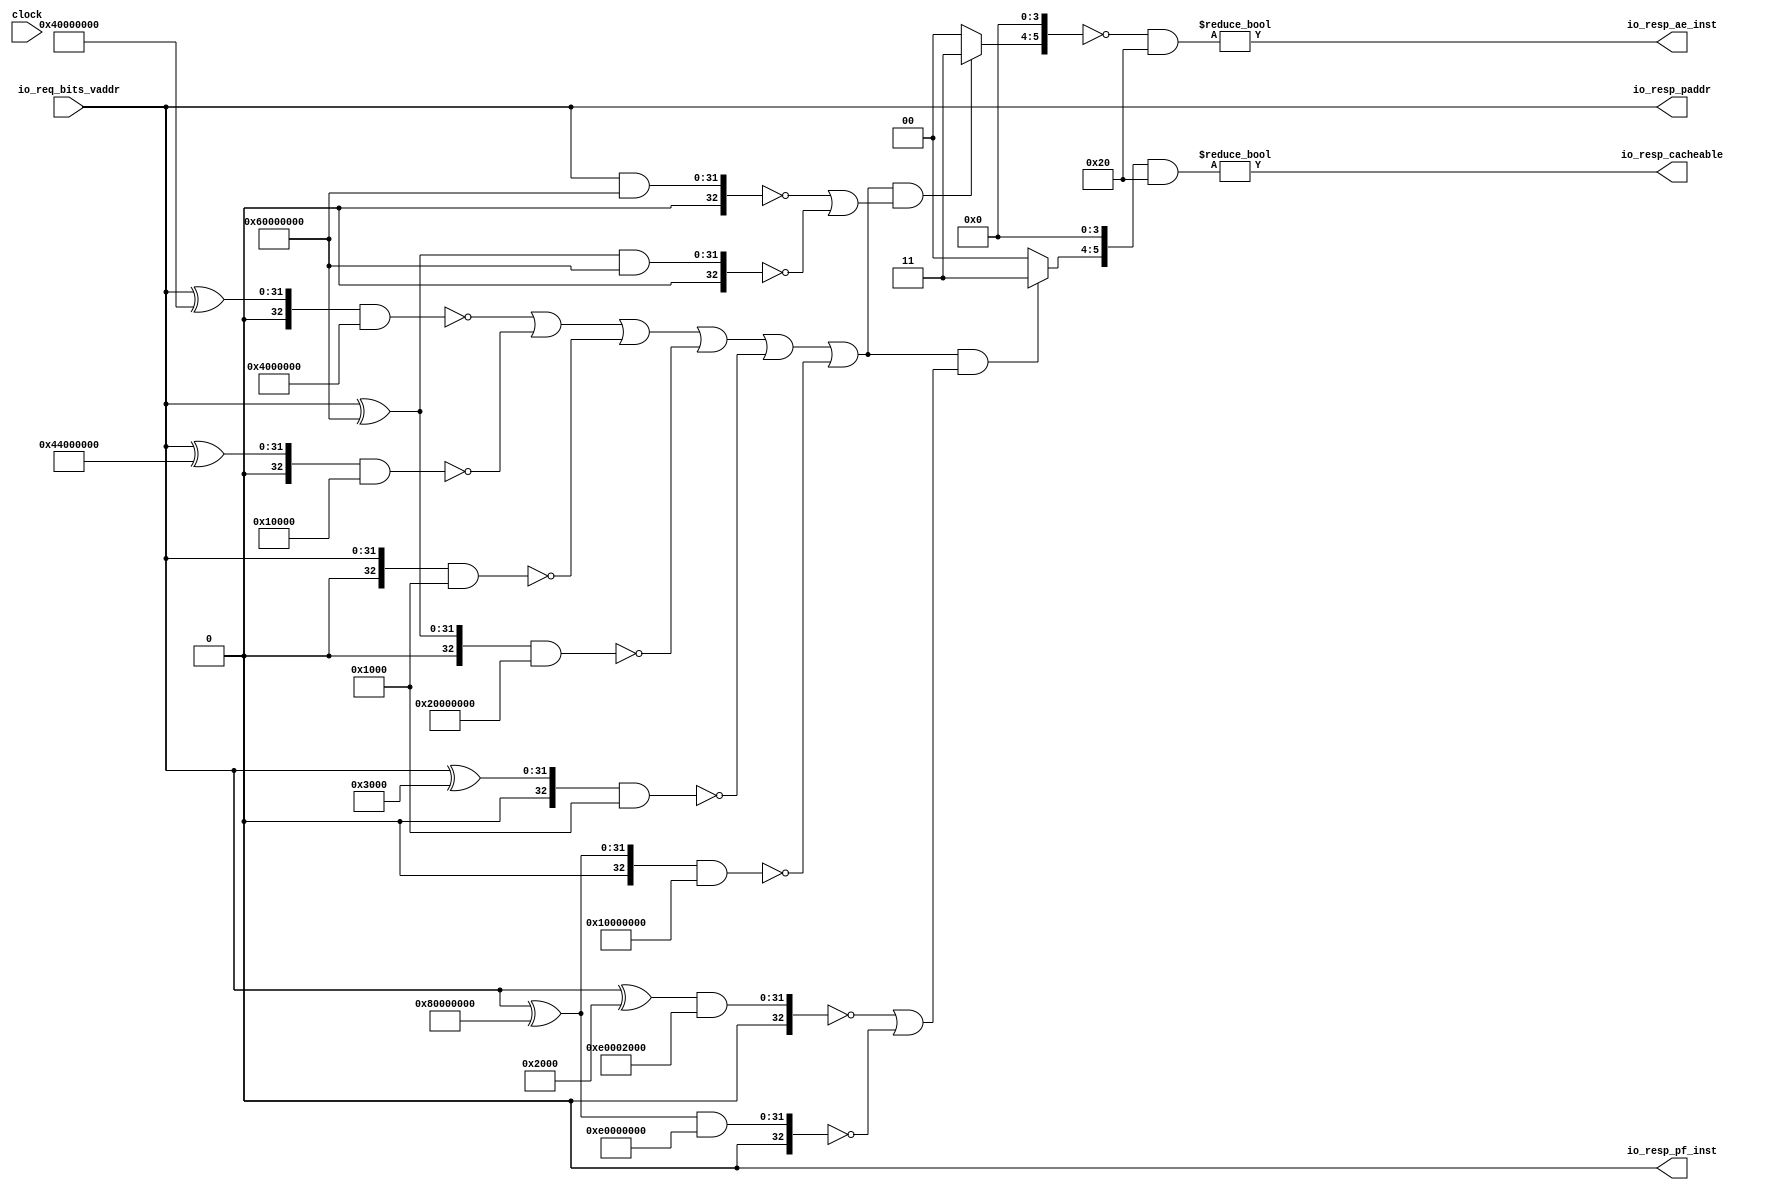
// Copyright (c) 2017, Microsemi Corporation
// All rights reserved.
//
// Redistribution and use in source and binary forms, with or without
// modification, are permitted provided that the following conditions are met:
//     * Redistributions of source code must retain the above copyright
//       notice, this list of conditions and the following disclaimer.
//     * Redistributions in binary form must reproduce the above copyright
//       notice, this list of conditions and the following disclaimer in the
//       documentation and/or other materials provided with the distribution.
//     * Neither the name of the <organization> nor the
//       names of its contributors may be used to endorse or promote products
//       derived from this software without specific prior written permission.
//
// THIS SOFTWARE IS PROVIDED BY THE COPYRIGHT HOLDERS AND CONTRIBUTORS "AS IS" AND
// ANY EXPRESS OR IMPLIED WARRANTIES, INCLUDING, BUT NOT LIMITED TO, THE IMPLIED
// WARRANTIES OF MERCHANTABILITY AND FITNESS FOR A PARTICULAR PURPOSE ARE
// DISCLAIMED. IN NO EVENT SHALL MICROSEMI CORPORATIONM BE LIABLE FOR ANY
// DIRECT, INDIRECT, INCIDENTAL, SPECIAL, EXEMPLARY, OR CONSEQUENTIAL DAMAGES
// (INCLUDING, BUT NOT LIMITED TO, PROCUREMENT OF SUBSTITUTE GOODS OR SERVICES;
// LOSS OF USE, DATA, OR PROFITS; OR BUSINESS INTERRUPTION) HOWEVER CAUSED AND
// ON ANY THEORY OF LIABILITY, WHETHER IN CONTRACT, STRICT LIABILITY, OR TORT
// (INCLUDING NEGLIGENCE OR OTHERWISE) ARISING IN ANY WAY OUT OF THE USE OF THIS
// SOFTWARE, EVEN IF ADVISED OF THE POSSIBILITY OF SUCH DAMAGE.
//
// APACHE LICENSE
// Copyright (c) 2017, Microsemi Corporation 
//
// Licensed under the Apache License, Version 2.0 (the "License");
// you may not use this file except in compliance with the License.
// You may obtain a copy of the License at
//
//    http://www.apache.org/licenses/LICENSE-2.0
//
// Unless required by applicable law or agreed to in writing, software
// distributed under the License is distributed on an "AS IS" BASIS,
// WITHOUT WARRANTIES OR CONDITIONS OF ANY KIND, either express or implied.
// See the License for the specific language governing permissions and
// limitations under the License.
//
// Description:
//
// SVN Revision Information:
// SVN $Revision: $
// SVN $Date: $
//
// Resolved SARs
// SAR      Date     Who   Description
//
// Notes:
//
// ****************************************************************************/
`ifndef RANDOMIZE_REG_INIT 
	 `define RANDOMIZE_REG_INIT 
 `endif
`ifndef RANDOMIZE_MEM_INIT 
	 `define RANDOMIZE_MEM_INIT 
 `endif
`ifndef RANDOMIZE 
	 `define RANDOMIZE 
`endif

`timescale 1ns/10ps
module MiV_AXI_MiV_AXI_0_MIV_RV32IMA_L1_AXI_TLB_1( // @[:freechips.rocketchip.system.MivRV32ImaL1AhbConfig.fir@105278.2]
  input         clock, // @[:freechips.rocketchip.system.MivRV32ImaL1AhbConfig.fir@105279.4]
  input  [31:0] io_req_bits_vaddr, // @[:freechips.rocketchip.system.MivRV32ImaL1AhbConfig.fir@105281.4]
  output [31:0] io_resp_paddr, // @[:freechips.rocketchip.system.MivRV32ImaL1AhbConfig.fir@105281.4]
  output        io_resp_pf_inst, // @[:freechips.rocketchip.system.MivRV32ImaL1AhbConfig.fir@105281.4]
  output        io_resp_ae_inst, // @[:freechips.rocketchip.system.MivRV32ImaL1AhbConfig.fir@105281.4]
  output        io_resp_cacheable // @[:freechips.rocketchip.system.MivRV32ImaL1AhbConfig.fir@105281.4]
);
  reg [53:0] reg_entries_0; // @[TLB.scala 86:24:freechips.rocketchip.system.MivRV32ImaL1AhbConfig.fir@105287.4]
  reg [63:0] _RAND_0;
  reg [53:0] reg_entries_1; // @[TLB.scala 86:24:freechips.rocketchip.system.MivRV32ImaL1AhbConfig.fir@105287.4]
  reg [63:0] _RAND_1;
  reg [53:0] reg_entries_2; // @[TLB.scala 86:24:freechips.rocketchip.system.MivRV32ImaL1AhbConfig.fir@105287.4]
  reg [63:0] _RAND_2;
  reg [53:0] reg_entries_3; // @[TLB.scala 86:24:freechips.rocketchip.system.MivRV32ImaL1AhbConfig.fir@105287.4]
  reg [63:0] _RAND_3;
  reg [53:0] reg_entries_4; // @[TLB.scala 86:24:freechips.rocketchip.system.MivRV32ImaL1AhbConfig.fir@105287.4]
  reg [63:0] _RAND_4;
  wire  entries_0_c; // @[TLB.scala 87:43:freechips.rocketchip.system.MivRV32ImaL1AhbConfig.fir@105293.4]
  wire  entries_0_px; // @[TLB.scala 87:43:freechips.rocketchip.system.MivRV32ImaL1AhbConfig.fir@105303.4]
  wire  entries_0_sx; // @[TLB.scala 87:43:freechips.rocketchip.system.MivRV32ImaL1AhbConfig.fir@105309.4]
  wire  entries_0_ae; // @[TLB.scala 87:43:freechips.rocketchip.system.MivRV32ImaL1AhbConfig.fir@105313.4]
  wire  entries_0_u; // @[TLB.scala 87:43:freechips.rocketchip.system.MivRV32ImaL1AhbConfig.fir@105317.4]
  wire  entries_1_c; // @[TLB.scala 87:43:freechips.rocketchip.system.MivRV32ImaL1AhbConfig.fir@105330.4]
  wire  entries_1_px; // @[TLB.scala 87:43:freechips.rocketchip.system.MivRV32ImaL1AhbConfig.fir@105340.4]
  wire  entries_1_sx; // @[TLB.scala 87:43:freechips.rocketchip.system.MivRV32ImaL1AhbConfig.fir@105346.4]
  wire  entries_1_u; // @[TLB.scala 87:43:freechips.rocketchip.system.MivRV32ImaL1AhbConfig.fir@105354.4]
  wire  entries_2_c; // @[TLB.scala 87:43:freechips.rocketchip.system.MivRV32ImaL1AhbConfig.fir@105367.4]
  wire  entries_2_px; // @[TLB.scala 87:43:freechips.rocketchip.system.MivRV32ImaL1AhbConfig.fir@105377.4]
  wire  entries_2_sx; // @[TLB.scala 87:43:freechips.rocketchip.system.MivRV32ImaL1AhbConfig.fir@105383.4]
  wire  entries_2_u; // @[TLB.scala 87:43:freechips.rocketchip.system.MivRV32ImaL1AhbConfig.fir@105391.4]
  wire  entries_3_c; // @[TLB.scala 87:43:freechips.rocketchip.system.MivRV32ImaL1AhbConfig.fir@105404.4]
  wire  entries_3_px; // @[TLB.scala 87:43:freechips.rocketchip.system.MivRV32ImaL1AhbConfig.fir@105414.4]
  wire  entries_3_sx; // @[TLB.scala 87:43:freechips.rocketchip.system.MivRV32ImaL1AhbConfig.fir@105420.4]
  wire  entries_3_u; // @[TLB.scala 87:43:freechips.rocketchip.system.MivRV32ImaL1AhbConfig.fir@105428.4]
  wire  entries_4_sx; // @[TLB.scala 87:43:freechips.rocketchip.system.MivRV32ImaL1AhbConfig.fir@105457.4]
  wire  entries_4_u; // @[TLB.scala 87:43:freechips.rocketchip.system.MivRV32ImaL1AhbConfig.fir@105465.4]
  wire [19:0] mpu_ppn; // @[TLB.scala 105:69:freechips.rocketchip.system.MivRV32ImaL1AhbConfig.fir@105489.4]
  wire [11:0] _T_179; // @[TLB.scala 106:52:freechips.rocketchip.system.MivRV32ImaL1AhbConfig.fir@105492.4]
  wire [31:0] mpu_physaddr; // @[Cat.scala 30:58:freechips.rocketchip.system.MivRV32ImaL1AhbConfig.fir@105493.4]
  wire [31:0] _T_186; // @[Parameters.scala 153:31:freechips.rocketchip.system.MivRV32ImaL1AhbConfig.fir@105504.4]
  wire [32:0] _T_187; // @[Parameters.scala 153:49:freechips.rocketchip.system.MivRV32ImaL1AhbConfig.fir@105505.4]
  wire [32:0] _T_189; // @[Parameters.scala 153:52:freechips.rocketchip.system.MivRV32ImaL1AhbConfig.fir@105506.4]
  wire [32:0] _T_190; // @[Parameters.scala 153:52:freechips.rocketchip.system.MivRV32ImaL1AhbConfig.fir@105507.4]
  wire  _T_192; // @[Parameters.scala 153:67:freechips.rocketchip.system.MivRV32ImaL1AhbConfig.fir@105508.4]
  wire [31:0] _T_194; // @[Parameters.scala 153:31:freechips.rocketchip.system.MivRV32ImaL1AhbConfig.fir@105509.4]
  wire [32:0] _T_195; // @[Parameters.scala 153:49:freechips.rocketchip.system.MivRV32ImaL1AhbConfig.fir@105510.4]
  wire [32:0] _T_197; // @[Parameters.scala 153:52:freechips.rocketchip.system.MivRV32ImaL1AhbConfig.fir@105511.4]
  wire [32:0] _T_198; // @[Parameters.scala 153:52:freechips.rocketchip.system.MivRV32ImaL1AhbConfig.fir@105512.4]
  wire  _T_200; // @[Parameters.scala 153:67:freechips.rocketchip.system.MivRV32ImaL1AhbConfig.fir@105513.4]
  wire [32:0] _T_203; // @[Parameters.scala 153:49:freechips.rocketchip.system.MivRV32ImaL1AhbConfig.fir@105515.4]
  wire [32:0] _T_205; // @[Parameters.scala 153:52:freechips.rocketchip.system.MivRV32ImaL1AhbConfig.fir@105516.4]
  wire [32:0] _T_206; // @[Parameters.scala 153:52:freechips.rocketchip.system.MivRV32ImaL1AhbConfig.fir@105517.4]
  wire  _T_208; // @[Parameters.scala 153:67:freechips.rocketchip.system.MivRV32ImaL1AhbConfig.fir@105518.4]
  wire [31:0] _T_210; // @[Parameters.scala 153:31:freechips.rocketchip.system.MivRV32ImaL1AhbConfig.fir@105519.4]
  wire [32:0] _T_211; // @[Parameters.scala 153:49:freechips.rocketchip.system.MivRV32ImaL1AhbConfig.fir@105520.4]
  wire [32:0] _T_213; // @[Parameters.scala 153:52:freechips.rocketchip.system.MivRV32ImaL1AhbConfig.fir@105521.4]
  wire [32:0] _T_214; // @[Parameters.scala 153:52:freechips.rocketchip.system.MivRV32ImaL1AhbConfig.fir@105522.4]
  wire  _T_216; // @[Parameters.scala 153:67:freechips.rocketchip.system.MivRV32ImaL1AhbConfig.fir@105523.4]
  wire [31:0] _T_218; // @[Parameters.scala 153:31:freechips.rocketchip.system.MivRV32ImaL1AhbConfig.fir@105524.4]
  wire [32:0] _T_219; // @[Parameters.scala 153:49:freechips.rocketchip.system.MivRV32ImaL1AhbConfig.fir@105525.4]
  wire [32:0] _T_221; // @[Parameters.scala 153:52:freechips.rocketchip.system.MivRV32ImaL1AhbConfig.fir@105526.4]
  wire [32:0] _T_222; // @[Parameters.scala 153:52:freechips.rocketchip.system.MivRV32ImaL1AhbConfig.fir@105527.4]
  wire  _T_224; // @[Parameters.scala 153:67:freechips.rocketchip.system.MivRV32ImaL1AhbConfig.fir@105528.4]
  wire [31:0] _T_226; // @[Parameters.scala 153:31:freechips.rocketchip.system.MivRV32ImaL1AhbConfig.fir@105529.4]
  wire [32:0] _T_227; // @[Parameters.scala 153:49:freechips.rocketchip.system.MivRV32ImaL1AhbConfig.fir@105530.4]
  wire [32:0] _T_229; // @[Parameters.scala 153:52:freechips.rocketchip.system.MivRV32ImaL1AhbConfig.fir@105531.4]
  wire [32:0] _T_230; // @[Parameters.scala 153:52:freechips.rocketchip.system.MivRV32ImaL1AhbConfig.fir@105532.4]
  wire  _T_232; // @[Parameters.scala 153:67:freechips.rocketchip.system.MivRV32ImaL1AhbConfig.fir@105533.4]
  wire  _T_244; // @[TLB.scala 112:67:freechips.rocketchip.system.MivRV32ImaL1AhbConfig.fir@105542.4]
  wire  _T_245; // @[TLB.scala 112:67:freechips.rocketchip.system.MivRV32ImaL1AhbConfig.fir@105543.4]
  wire  _T_246; // @[TLB.scala 112:67:freechips.rocketchip.system.MivRV32ImaL1AhbConfig.fir@105544.4]
  wire  _T_247; // @[TLB.scala 112:67:freechips.rocketchip.system.MivRV32ImaL1AhbConfig.fir@105545.4]
  wire  legal_address; // @[TLB.scala 112:67:freechips.rocketchip.system.MivRV32ImaL1AhbConfig.fir@105546.4]
  wire [31:0] _T_267; // @[Parameters.scala 153:31:freechips.rocketchip.system.MivRV32ImaL1AhbConfig.fir@105558.4]
  wire [32:0] _T_268; // @[Parameters.scala 153:49:freechips.rocketchip.system.MivRV32ImaL1AhbConfig.fir@105559.4]
  wire [32:0] _T_270; // @[Parameters.scala 153:52:freechips.rocketchip.system.MivRV32ImaL1AhbConfig.fir@105560.4]
  wire [32:0] _T_271; // @[Parameters.scala 153:52:freechips.rocketchip.system.MivRV32ImaL1AhbConfig.fir@105561.4]
  wire  _T_273; // @[Parameters.scala 153:67:freechips.rocketchip.system.MivRV32ImaL1AhbConfig.fir@105562.4]
  wire [32:0] _T_278; // @[Parameters.scala 153:52:freechips.rocketchip.system.MivRV32ImaL1AhbConfig.fir@105565.4]
  wire [32:0] _T_279; // @[Parameters.scala 153:52:freechips.rocketchip.system.MivRV32ImaL1AhbConfig.fir@105566.4]
  wire  _T_281; // @[Parameters.scala 153:67:freechips.rocketchip.system.MivRV32ImaL1AhbConfig.fir@105567.4]
  wire  _T_282; // @[Parameters.scala 137:89:freechips.rocketchip.system.MivRV32ImaL1AhbConfig.fir@105568.4]
  wire  cacheable; // @[TLB.scala 114:19:freechips.rocketchip.system.MivRV32ImaL1AhbConfig.fir@105574.4]
  wire [32:0] _T_514; // @[Parameters.scala 153:52:freechips.rocketchip.system.MivRV32ImaL1AhbConfig.fir@105714.4]
  wire [32:0] _T_515; // @[Parameters.scala 153:52:freechips.rocketchip.system.MivRV32ImaL1AhbConfig.fir@105715.4]
  wire  _T_517; // @[Parameters.scala 153:67:freechips.rocketchip.system.MivRV32ImaL1AhbConfig.fir@105716.4]
  wire [32:0] _T_522; // @[Parameters.scala 153:52:freechips.rocketchip.system.MivRV32ImaL1AhbConfig.fir@105719.4]
  wire [32:0] _T_523; // @[Parameters.scala 153:52:freechips.rocketchip.system.MivRV32ImaL1AhbConfig.fir@105720.4]
  wire  _T_525; // @[Parameters.scala 153:67:freechips.rocketchip.system.MivRV32ImaL1AhbConfig.fir@105721.4]
  wire  _T_526; // @[Parameters.scala 137:89:freechips.rocketchip.system.MivRV32ImaL1AhbConfig.fir@105722.4]
  wire  prot_x; // @[TLB.scala 114:19:freechips.rocketchip.system.MivRV32ImaL1AhbConfig.fir@105728.4]
  wire [19:0] ppn; // @[TLB.scala 124:30:freechips.rocketchip.system.MivRV32ImaL1AhbConfig.fir@105758.4]
  wire [1:0] _T_724; // @[Cat.scala 30:58:freechips.rocketchip.system.MivRV32ImaL1AhbConfig.fir@105891.4]
  wire [1:0] _T_725; // @[Cat.scala 30:58:freechips.rocketchip.system.MivRV32ImaL1AhbConfig.fir@105892.4]
  wire [2:0] _T_726; // @[Cat.scala 30:58:freechips.rocketchip.system.MivRV32ImaL1AhbConfig.fir@105893.4]
  wire [4:0] _T_727; // @[Cat.scala 30:58:freechips.rocketchip.system.MivRV32ImaL1AhbConfig.fir@105894.4]
  wire [4:0] priv_rw_ok; // @[TLB.scala 174:98:freechips.rocketchip.system.MivRV32ImaL1AhbConfig.fir@105900.4]
  wire [1:0] _T_751; // @[Cat.scala 30:58:freechips.rocketchip.system.MivRV32ImaL1AhbConfig.fir@105917.4]
  wire [1:0] _T_752; // @[Cat.scala 30:58:freechips.rocketchip.system.MivRV32ImaL1AhbConfig.fir@105918.4]
  wire [2:0] _T_753; // @[Cat.scala 30:58:freechips.rocketchip.system.MivRV32ImaL1AhbConfig.fir@105919.4]
  wire [4:0] _T_754; // @[Cat.scala 30:58:freechips.rocketchip.system.MivRV32ImaL1AhbConfig.fir@105920.4]
  wire [4:0] _T_770; // @[TLB.scala 178:39:freechips.rocketchip.system.MivRV32ImaL1AhbConfig.fir@105935.4]
  wire [5:0] x_array; // @[Cat.scala 30:58:freechips.rocketchip.system.MivRV32ImaL1AhbConfig.fir@105936.4]
  wire [1:0] _T_788; // @[Bitwise.scala 72:12:freechips.rocketchip.system.MivRV32ImaL1AhbConfig.fir@105950.4]
  wire [1:0] _T_789; // @[Cat.scala 30:58:freechips.rocketchip.system.MivRV32ImaL1AhbConfig.fir@105951.4]
  wire [1:0] _T_790; // @[Cat.scala 30:58:freechips.rocketchip.system.MivRV32ImaL1AhbConfig.fir@105952.4]
  wire [3:0] _T_791; // @[Cat.scala 30:58:freechips.rocketchip.system.MivRV32ImaL1AhbConfig.fir@105953.4]
  wire [5:0] px_array; // @[Cat.scala 30:58:freechips.rocketchip.system.MivRV32ImaL1AhbConfig.fir@105954.4]
  wire [1:0] _T_816; // @[Bitwise.scala 72:12:freechips.rocketchip.system.MivRV32ImaL1AhbConfig.fir@105974.4]
  wire [1:0] _T_817; // @[Cat.scala 30:58:freechips.rocketchip.system.MivRV32ImaL1AhbConfig.fir@105975.4]
  wire [1:0] _T_818; // @[Cat.scala 30:58:freechips.rocketchip.system.MivRV32ImaL1AhbConfig.fir@105976.4]
  wire [3:0] _T_819; // @[Cat.scala 30:58:freechips.rocketchip.system.MivRV32ImaL1AhbConfig.fir@105977.4]
  wire [5:0] c_array; // @[Cat.scala 30:58:freechips.rocketchip.system.MivRV32ImaL1AhbConfig.fir@105978.4]
  wire [5:0] _GEN_16; // @[TLB.scala 204:60:freechips.rocketchip.system.MivRV32ImaL1AhbConfig.fir@106152.4]
  wire [5:0] _T_1114; // @[TLB.scala 206:33:freechips.rocketchip.system.MivRV32ImaL1AhbConfig.fir@106181.4]
  wire [5:0] pf_inst_array; // @[TLB.scala 206:23:freechips.rocketchip.system.MivRV32ImaL1AhbConfig.fir@106182.4]
  wire [5:0] _T_1280; // @[TLB.scala 224:47:freechips.rocketchip.system.MivRV32ImaL1AhbConfig.fir@106314.4]
  wire  _T_1282; // @[TLB.scala 224:55:freechips.rocketchip.system.MivRV32ImaL1AhbConfig.fir@106315.4]
  wire [5:0] _T_1290; // @[TLB.scala 227:23:freechips.rocketchip.system.MivRV32ImaL1AhbConfig.fir@106324.4]
  wire [5:0] _T_1291; // @[TLB.scala 227:33:freechips.rocketchip.system.MivRV32ImaL1AhbConfig.fir@106325.4]
  wire  _T_1293; // @[TLB.scala 227:41:freechips.rocketchip.system.MivRV32ImaL1AhbConfig.fir@106326.4]
  wire [5:0] _T_1301; // @[TLB.scala 231:33:freechips.rocketchip.system.MivRV32ImaL1AhbConfig.fir@106335.4]
  wire  _T_1303; // @[TLB.scala 231:41:freechips.rocketchip.system.MivRV32ImaL1AhbConfig.fir@106336.4]
  wire [31:0] _T_1312; // @[Cat.scala 30:58:freechips.rocketchip.system.MivRV32ImaL1AhbConfig.fir@106346.4]
  assign entries_0_c = reg_entries_0[0]; // @[TLB.scala 87:43:freechips.rocketchip.system.MivRV32ImaL1AhbConfig.fir@105293.4]
  assign entries_0_px = reg_entries_0[5]; // @[TLB.scala 87:43:freechips.rocketchip.system.MivRV32ImaL1AhbConfig.fir@105303.4]
  assign entries_0_sx = reg_entries_0[8]; // @[TLB.scala 87:43:freechips.rocketchip.system.MivRV32ImaL1AhbConfig.fir@105309.4]
  assign entries_0_ae = reg_entries_0[10]; // @[TLB.scala 87:43:freechips.rocketchip.system.MivRV32ImaL1AhbConfig.fir@105313.4]
  assign entries_0_u = reg_entries_0[12]; // @[TLB.scala 87:43:freechips.rocketchip.system.MivRV32ImaL1AhbConfig.fir@105317.4]
  assign entries_1_c = reg_entries_1[0]; // @[TLB.scala 87:43:freechips.rocketchip.system.MivRV32ImaL1AhbConfig.fir@105330.4]
  assign entries_1_px = reg_entries_1[5]; // @[TLB.scala 87:43:freechips.rocketchip.system.MivRV32ImaL1AhbConfig.fir@105340.4]
  assign entries_1_sx = reg_entries_1[8]; // @[TLB.scala 87:43:freechips.rocketchip.system.MivRV32ImaL1AhbConfig.fir@105346.4]
  assign entries_1_u = reg_entries_1[12]; // @[TLB.scala 87:43:freechips.rocketchip.system.MivRV32ImaL1AhbConfig.fir@105354.4]
  assign entries_2_c = reg_entries_2[0]; // @[TLB.scala 87:43:freechips.rocketchip.system.MivRV32ImaL1AhbConfig.fir@105367.4]
  assign entries_2_px = reg_entries_2[5]; // @[TLB.scala 87:43:freechips.rocketchip.system.MivRV32ImaL1AhbConfig.fir@105377.4]
  assign entries_2_sx = reg_entries_2[8]; // @[TLB.scala 87:43:freechips.rocketchip.system.MivRV32ImaL1AhbConfig.fir@105383.4]
  assign entries_2_u = reg_entries_2[12]; // @[TLB.scala 87:43:freechips.rocketchip.system.MivRV32ImaL1AhbConfig.fir@105391.4]
  assign entries_3_c = reg_entries_3[0]; // @[TLB.scala 87:43:freechips.rocketchip.system.MivRV32ImaL1AhbConfig.fir@105404.4]
  assign entries_3_px = reg_entries_3[5]; // @[TLB.scala 87:43:freechips.rocketchip.system.MivRV32ImaL1AhbConfig.fir@105414.4]
  assign entries_3_sx = reg_entries_3[8]; // @[TLB.scala 87:43:freechips.rocketchip.system.MivRV32ImaL1AhbConfig.fir@105420.4]
  assign entries_3_u = reg_entries_3[12]; // @[TLB.scala 87:43:freechips.rocketchip.system.MivRV32ImaL1AhbConfig.fir@105428.4]
  assign entries_4_sx = reg_entries_4[8]; // @[TLB.scala 87:43:freechips.rocketchip.system.MivRV32ImaL1AhbConfig.fir@105457.4]
  assign entries_4_u = reg_entries_4[12]; // @[TLB.scala 87:43:freechips.rocketchip.system.MivRV32ImaL1AhbConfig.fir@105465.4]
  assign mpu_ppn = io_req_bits_vaddr[31:12]; // @[TLB.scala 105:69:freechips.rocketchip.system.MivRV32ImaL1AhbConfig.fir@105489.4]
  assign _T_179 = io_req_bits_vaddr[11:0]; // @[TLB.scala 106:52:freechips.rocketchip.system.MivRV32ImaL1AhbConfig.fir@105492.4]
  assign mpu_physaddr = {mpu_ppn,_T_179}; // @[Cat.scala 30:58:freechips.rocketchip.system.MivRV32ImaL1AhbConfig.fir@105493.4]
  assign _T_186 = mpu_physaddr ^ 32'h40000000; // @[Parameters.scala 153:31:freechips.rocketchip.system.MivRV32ImaL1AhbConfig.fir@105504.4]
  assign _T_187 = {1'b0,$signed(_T_186)}; // @[Parameters.scala 153:49:freechips.rocketchip.system.MivRV32ImaL1AhbConfig.fir@105505.4]
  assign _T_189 = $signed(_T_187) & $signed(-33'sh4000000); // @[Parameters.scala 153:52:freechips.rocketchip.system.MivRV32ImaL1AhbConfig.fir@105506.4]
  assign _T_190 = $signed(_T_189); // @[Parameters.scala 153:52:freechips.rocketchip.system.MivRV32ImaL1AhbConfig.fir@105507.4]
  assign _T_192 = $signed(_T_190) == $signed(33'sh0); // @[Parameters.scala 153:67:freechips.rocketchip.system.MivRV32ImaL1AhbConfig.fir@105508.4]
  assign _T_194 = mpu_physaddr ^ 32'h44000000; // @[Parameters.scala 153:31:freechips.rocketchip.system.MivRV32ImaL1AhbConfig.fir@105509.4]
  assign _T_195 = {1'b0,$signed(_T_194)}; // @[Parameters.scala 153:49:freechips.rocketchip.system.MivRV32ImaL1AhbConfig.fir@105510.4]
  assign _T_197 = $signed(_T_195) & $signed(-33'sh10000); // @[Parameters.scala 153:52:freechips.rocketchip.system.MivRV32ImaL1AhbConfig.fir@105511.4]
  assign _T_198 = $signed(_T_197); // @[Parameters.scala 153:52:freechips.rocketchip.system.MivRV32ImaL1AhbConfig.fir@105512.4]
  assign _T_200 = $signed(_T_198) == $signed(33'sh0); // @[Parameters.scala 153:67:freechips.rocketchip.system.MivRV32ImaL1AhbConfig.fir@105513.4]
  assign _T_203 = {1'b0,$signed(mpu_physaddr)}; // @[Parameters.scala 153:49:freechips.rocketchip.system.MivRV32ImaL1AhbConfig.fir@105515.4]
  assign _T_205 = $signed(_T_203) & $signed(-33'sh1000); // @[Parameters.scala 153:52:freechips.rocketchip.system.MivRV32ImaL1AhbConfig.fir@105516.4]
  assign _T_206 = $signed(_T_205); // @[Parameters.scala 153:52:freechips.rocketchip.system.MivRV32ImaL1AhbConfig.fir@105517.4]
  assign _T_208 = $signed(_T_206) == $signed(33'sh0); // @[Parameters.scala 153:67:freechips.rocketchip.system.MivRV32ImaL1AhbConfig.fir@105518.4]
  assign _T_210 = mpu_physaddr ^ 32'h60000000; // @[Parameters.scala 153:31:freechips.rocketchip.system.MivRV32ImaL1AhbConfig.fir@105519.4]
  assign _T_211 = {1'b0,$signed(_T_210)}; // @[Parameters.scala 153:49:freechips.rocketchip.system.MivRV32ImaL1AhbConfig.fir@105520.4]
  assign _T_213 = $signed(_T_211) & $signed(-33'sh20000000); // @[Parameters.scala 153:52:freechips.rocketchip.system.MivRV32ImaL1AhbConfig.fir@105521.4]
  assign _T_214 = $signed(_T_213); // @[Parameters.scala 153:52:freechips.rocketchip.system.MivRV32ImaL1AhbConfig.fir@105522.4]
  assign _T_216 = $signed(_T_214) == $signed(33'sh0); // @[Parameters.scala 153:67:freechips.rocketchip.system.MivRV32ImaL1AhbConfig.fir@105523.4]
  assign _T_218 = mpu_physaddr ^ 32'h3000; // @[Parameters.scala 153:31:freechips.rocketchip.system.MivRV32ImaL1AhbConfig.fir@105524.4]
  assign _T_219 = {1'b0,$signed(_T_218)}; // @[Parameters.scala 153:49:freechips.rocketchip.system.MivRV32ImaL1AhbConfig.fir@105525.4]
  assign _T_221 = $signed(_T_219) & $signed(-33'sh1000); // @[Parameters.scala 153:52:freechips.rocketchip.system.MivRV32ImaL1AhbConfig.fir@105526.4]
  assign _T_222 = $signed(_T_221); // @[Parameters.scala 153:52:freechips.rocketchip.system.MivRV32ImaL1AhbConfig.fir@105527.4]
  assign _T_224 = $signed(_T_222) == $signed(33'sh0); // @[Parameters.scala 153:67:freechips.rocketchip.system.MivRV32ImaL1AhbConfig.fir@105528.4]
  assign _T_226 = mpu_physaddr ^ 32'h80000000; // @[Parameters.scala 153:31:freechips.rocketchip.system.MivRV32ImaL1AhbConfig.fir@105529.4]
  assign _T_227 = {1'b0,$signed(_T_226)}; // @[Parameters.scala 153:49:freechips.rocketchip.system.MivRV32ImaL1AhbConfig.fir@105530.4]
  assign _T_229 = $signed(_T_227) & $signed(-33'sh10000000); // @[Parameters.scala 153:52:freechips.rocketchip.system.MivRV32ImaL1AhbConfig.fir@105531.4]
  assign _T_230 = $signed(_T_229); // @[Parameters.scala 153:52:freechips.rocketchip.system.MivRV32ImaL1AhbConfig.fir@105532.4]
  assign _T_232 = $signed(_T_230) == $signed(33'sh0); // @[Parameters.scala 153:67:freechips.rocketchip.system.MivRV32ImaL1AhbConfig.fir@105533.4]
  assign _T_244 = _T_192 | _T_200; // @[TLB.scala 112:67:freechips.rocketchip.system.MivRV32ImaL1AhbConfig.fir@105542.4]
  assign _T_245 = _T_244 | _T_208; // @[TLB.scala 112:67:freechips.rocketchip.system.MivRV32ImaL1AhbConfig.fir@105543.4]
  assign _T_246 = _T_245 | _T_216; // @[TLB.scala 112:67:freechips.rocketchip.system.MivRV32ImaL1AhbConfig.fir@105544.4]
  assign _T_247 = _T_246 | _T_224; // @[TLB.scala 112:67:freechips.rocketchip.system.MivRV32ImaL1AhbConfig.fir@105545.4]
  assign legal_address = _T_247 | _T_232; // @[TLB.scala 112:67:freechips.rocketchip.system.MivRV32ImaL1AhbConfig.fir@105546.4]
  assign _T_267 = mpu_physaddr ^ 32'h2000; // @[Parameters.scala 153:31:freechips.rocketchip.system.MivRV32ImaL1AhbConfig.fir@105558.4]
  assign _T_268 = {1'b0,$signed(_T_267)}; // @[Parameters.scala 153:49:freechips.rocketchip.system.MivRV32ImaL1AhbConfig.fir@105559.4]
  assign _T_270 = $signed(_T_268) & $signed(33'she0002000); // @[Parameters.scala 153:52:freechips.rocketchip.system.MivRV32ImaL1AhbConfig.fir@105560.4]
  assign _T_271 = $signed(_T_270); // @[Parameters.scala 153:52:freechips.rocketchip.system.MivRV32ImaL1AhbConfig.fir@105561.4]
  assign _T_273 = $signed(_T_271) == $signed(33'sh0); // @[Parameters.scala 153:67:freechips.rocketchip.system.MivRV32ImaL1AhbConfig.fir@105562.4]
  assign _T_278 = $signed(_T_227) & $signed(33'she0000000); // @[Parameters.scala 153:52:freechips.rocketchip.system.MivRV32ImaL1AhbConfig.fir@105565.4]
  assign _T_279 = $signed(_T_278); // @[Parameters.scala 153:52:freechips.rocketchip.system.MivRV32ImaL1AhbConfig.fir@105566.4]
  assign _T_281 = $signed(_T_279) == $signed(33'sh0); // @[Parameters.scala 153:67:freechips.rocketchip.system.MivRV32ImaL1AhbConfig.fir@105567.4]
  assign _T_282 = _T_273 | _T_281; // @[Parameters.scala 137:89:freechips.rocketchip.system.MivRV32ImaL1AhbConfig.fir@105568.4]
  assign cacheable = legal_address & _T_282; // @[TLB.scala 114:19:freechips.rocketchip.system.MivRV32ImaL1AhbConfig.fir@105574.4]
  assign _T_514 = $signed(_T_203) & $signed(33'sh60000000); // @[Parameters.scala 153:52:freechips.rocketchip.system.MivRV32ImaL1AhbConfig.fir@105714.4]
  assign _T_515 = $signed(_T_514); // @[Parameters.scala 153:52:freechips.rocketchip.system.MivRV32ImaL1AhbConfig.fir@105715.4]
  assign _T_517 = $signed(_T_515) == $signed(33'sh0); // @[Parameters.scala 153:67:freechips.rocketchip.system.MivRV32ImaL1AhbConfig.fir@105716.4]
  assign _T_522 = $signed(_T_211) & $signed(33'sh60000000); // @[Parameters.scala 153:52:freechips.rocketchip.system.MivRV32ImaL1AhbConfig.fir@105719.4]
  assign _T_523 = $signed(_T_522); // @[Parameters.scala 153:52:freechips.rocketchip.system.MivRV32ImaL1AhbConfig.fir@105720.4]
  assign _T_525 = $signed(_T_523) == $signed(33'sh0); // @[Parameters.scala 153:67:freechips.rocketchip.system.MivRV32ImaL1AhbConfig.fir@105721.4]
  assign _T_526 = _T_517 | _T_525; // @[Parameters.scala 137:89:freechips.rocketchip.system.MivRV32ImaL1AhbConfig.fir@105722.4]
  assign prot_x = legal_address & _T_526; // @[TLB.scala 114:19:freechips.rocketchip.system.MivRV32ImaL1AhbConfig.fir@105728.4]
  assign ppn = io_req_bits_vaddr[31:12]; // @[TLB.scala 124:30:freechips.rocketchip.system.MivRV32ImaL1AhbConfig.fir@105758.4]
  assign _T_724 = {entries_1_u,entries_0_u}; // @[Cat.scala 30:58:freechips.rocketchip.system.MivRV32ImaL1AhbConfig.fir@105891.4]
  assign _T_725 = {entries_4_u,entries_3_u}; // @[Cat.scala 30:58:freechips.rocketchip.system.MivRV32ImaL1AhbConfig.fir@105892.4]
  assign _T_726 = {_T_725,entries_2_u}; // @[Cat.scala 30:58:freechips.rocketchip.system.MivRV32ImaL1AhbConfig.fir@105893.4]
  assign _T_727 = {_T_726,_T_724}; // @[Cat.scala 30:58:freechips.rocketchip.system.MivRV32ImaL1AhbConfig.fir@105894.4]
  assign priv_rw_ok = ~ _T_727; // @[TLB.scala 174:98:freechips.rocketchip.system.MivRV32ImaL1AhbConfig.fir@105900.4]
  assign _T_751 = {entries_1_sx,entries_0_sx}; // @[Cat.scala 30:58:freechips.rocketchip.system.MivRV32ImaL1AhbConfig.fir@105917.4]
  assign _T_752 = {entries_4_sx,entries_3_sx}; // @[Cat.scala 30:58:freechips.rocketchip.system.MivRV32ImaL1AhbConfig.fir@105918.4]
  assign _T_753 = {_T_752,entries_2_sx}; // @[Cat.scala 30:58:freechips.rocketchip.system.MivRV32ImaL1AhbConfig.fir@105919.4]
  assign _T_754 = {_T_753,_T_751}; // @[Cat.scala 30:58:freechips.rocketchip.system.MivRV32ImaL1AhbConfig.fir@105920.4]
  assign _T_770 = priv_rw_ok & _T_754; // @[TLB.scala 178:39:freechips.rocketchip.system.MivRV32ImaL1AhbConfig.fir@105935.4]
  assign x_array = {1'h1,_T_770}; // @[Cat.scala 30:58:freechips.rocketchip.system.MivRV32ImaL1AhbConfig.fir@105936.4]
  assign _T_788 = prot_x ? 2'h3 : 2'h0; // @[Bitwise.scala 72:12:freechips.rocketchip.system.MivRV32ImaL1AhbConfig.fir@105950.4]
  assign _T_789 = {entries_1_px,entries_0_px}; // @[Cat.scala 30:58:freechips.rocketchip.system.MivRV32ImaL1AhbConfig.fir@105951.4]
  assign _T_790 = {entries_3_px,entries_2_px}; // @[Cat.scala 30:58:freechips.rocketchip.system.MivRV32ImaL1AhbConfig.fir@105952.4]
  assign _T_791 = {_T_790,_T_789}; // @[Cat.scala 30:58:freechips.rocketchip.system.MivRV32ImaL1AhbConfig.fir@105953.4]
  assign px_array = {_T_788,_T_791}; // @[Cat.scala 30:58:freechips.rocketchip.system.MivRV32ImaL1AhbConfig.fir@105954.4]
  assign _T_816 = cacheable ? 2'h3 : 2'h0; // @[Bitwise.scala 72:12:freechips.rocketchip.system.MivRV32ImaL1AhbConfig.fir@105974.4]
  assign _T_817 = {entries_1_c,entries_0_c}; // @[Cat.scala 30:58:freechips.rocketchip.system.MivRV32ImaL1AhbConfig.fir@105975.4]
  assign _T_818 = {entries_3_c,entries_2_c}; // @[Cat.scala 30:58:freechips.rocketchip.system.MivRV32ImaL1AhbConfig.fir@105976.4]
  assign _T_819 = {_T_818,_T_817}; // @[Cat.scala 30:58:freechips.rocketchip.system.MivRV32ImaL1AhbConfig.fir@105977.4]
  assign c_array = {_T_816,_T_819}; // @[Cat.scala 30:58:freechips.rocketchip.system.MivRV32ImaL1AhbConfig.fir@105978.4]
  assign _GEN_16 = {{5'd0}, entries_0_ae}; // @[TLB.scala 204:60:freechips.rocketchip.system.MivRV32ImaL1AhbConfig.fir@106152.4]
  assign _T_1114 = x_array | _GEN_16; // @[TLB.scala 206:33:freechips.rocketchip.system.MivRV32ImaL1AhbConfig.fir@106181.4]
  assign pf_inst_array = ~ _T_1114; // @[TLB.scala 206:23:freechips.rocketchip.system.MivRV32ImaL1AhbConfig.fir@106182.4]
  assign _T_1280 = pf_inst_array & 6'h20; // @[TLB.scala 224:47:freechips.rocketchip.system.MivRV32ImaL1AhbConfig.fir@106314.4]
  assign _T_1282 = _T_1280 != 6'h0; // @[TLB.scala 224:55:freechips.rocketchip.system.MivRV32ImaL1AhbConfig.fir@106315.4]
  assign _T_1290 = ~ px_array; // @[TLB.scala 227:23:freechips.rocketchip.system.MivRV32ImaL1AhbConfig.fir@106324.4]
  assign _T_1291 = _T_1290 & 6'h20; // @[TLB.scala 227:33:freechips.rocketchip.system.MivRV32ImaL1AhbConfig.fir@106325.4]
  assign _T_1293 = _T_1291 != 6'h0; // @[TLB.scala 227:41:freechips.rocketchip.system.MivRV32ImaL1AhbConfig.fir@106326.4]
  assign _T_1301 = c_array & 6'h20; // @[TLB.scala 231:33:freechips.rocketchip.system.MivRV32ImaL1AhbConfig.fir@106335.4]
  assign _T_1303 = _T_1301 != 6'h0; // @[TLB.scala 231:41:freechips.rocketchip.system.MivRV32ImaL1AhbConfig.fir@106336.4]
  assign _T_1312 = {ppn,_T_179}; // @[Cat.scala 30:58:freechips.rocketchip.system.MivRV32ImaL1AhbConfig.fir@106346.4]
  assign io_resp_paddr = _T_1312;
  assign io_resp_pf_inst = _T_1282;
  assign io_resp_ae_inst = _T_1293;
  assign io_resp_cacheable = _T_1303;
`ifdef RANDOMIZE
  integer initvar;
  initial begin
    `ifndef verilator
      #0.002 begin end
    `endif
  `ifdef RANDOMIZE_REG_INIT
  _RAND_0 = {2{32'b0}};
  reg_entries_0 = _RAND_0[53:0];
  `endif // RANDOMIZE_REG_INIT
  `ifdef RANDOMIZE_REG_INIT
  _RAND_1 = {2{32'b0}};
  reg_entries_1 = _RAND_1[53:0];
  `endif // RANDOMIZE_REG_INIT
  `ifdef RANDOMIZE_REG_INIT
  _RAND_2 = {2{32'b0}};
  reg_entries_2 = _RAND_2[53:0];
  `endif // RANDOMIZE_REG_INIT
  `ifdef RANDOMIZE_REG_INIT
  _RAND_3 = {2{32'b0}};
  reg_entries_3 = _RAND_3[53:0];
  `endif // RANDOMIZE_REG_INIT
  `ifdef RANDOMIZE_REG_INIT
  _RAND_4 = {2{32'b0}};
  reg_entries_4 = _RAND_4[53:0];
  `endif // RANDOMIZE_REG_INIT
  end
`endif // RANDOMIZE
endmodule